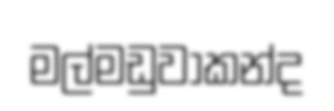
මල්මඩුවාකන්ද